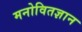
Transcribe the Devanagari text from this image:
मनोवितज्ञान